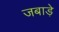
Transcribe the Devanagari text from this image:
जबाड़े